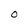
Character: O